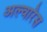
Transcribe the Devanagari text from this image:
अल्वारेस